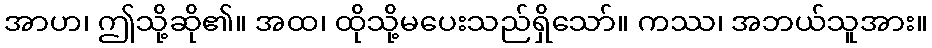
အာဟ၊ ဤသို့ဆို၏။ အထ၊ ထိုသို့မပေးသည်ရှိသော်။ ကဿ၊ အဘယ်သူအား။